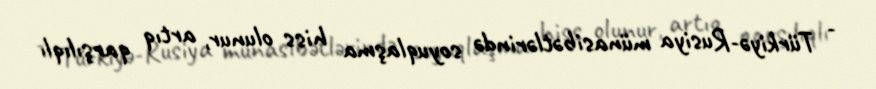
- Türkiyə-Rusiya münasibətlərində soyuqlaşma hiss olunur, artıq qarşılıqlı